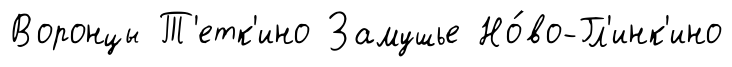
Воронцы Т'етк'ино Замушье Но́во-Гл'инк'ино